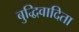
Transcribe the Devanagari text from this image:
बुद्धिवादिता